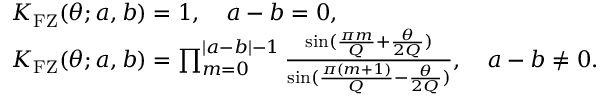
\begin{array} { r l } & { K _ { \mathrm { F Z } } ( \theta ; a , b ) = 1 , \quad a - b = 0 , } \\ & { K _ { \mathrm { F Z } } ( \theta ; a , b ) = \prod _ { m = 0 } ^ { | a - b | - 1 } \frac { \sin ( \frac { \pi m } { Q } + \frac { \theta } { 2 Q } ) } { \sin ( \frac { \pi ( m + 1 ) } { Q } - \frac { \theta } { 2 Q } ) } , \quad a - b \neq 0 . } \end{array}